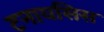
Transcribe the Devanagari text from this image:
टनायसिस